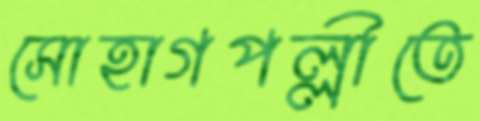
সোহাগপল্লীতে